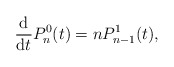
\begin{align*} \frac{\mathrm{d}}{\mathrm{d}t}P_n^0(t) = nP_{n-1}^1(t),\end{align*}